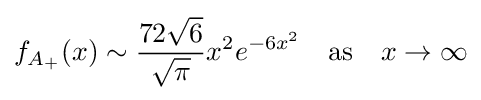
f_{A_{+}}(x)\sim {\frac {72{\sqrt {6}}}{\sqrt {\pi }}}x^{2}e^{-6x^{2}}\ \ {\text{ as }}\ \ x\rightarrow \infty